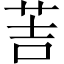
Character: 䓀